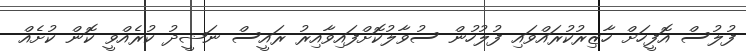
ފުލުސް އޮފީހަށް ހާޒިރުކުރައްވައި ފުލުހުން ސުވާލުކޮށްފައިވާއިރު ރައީސް ނަޝީދު ކުރެއްވީ ކޮން ކުށެއް